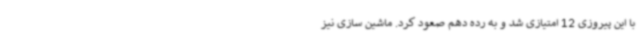
با این پیروزی 12 امتیازی شد و به رده دهم صعود کرد. ماشین سازی نیز